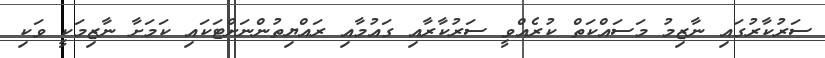
ސަރުކާރުގައި ނާޒިމު މަސައްކަތް ކުރެއްވީ ސަރުކާރާއި ގައުމާއި ރައްޔިތުންނަށްޓަކައި ކަމަށާ ނާޒިމަކީ ވަކި